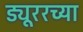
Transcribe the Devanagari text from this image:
ड्यूररच्या